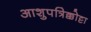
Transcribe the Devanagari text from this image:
आशुपत्रिक्कोट्टा